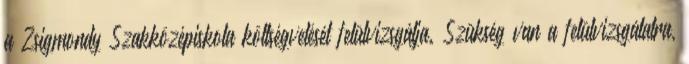
a Zsigmondy Szakközépiskola költségvetését felülvizsgálja. Szükség van a felülvizsgálatra,